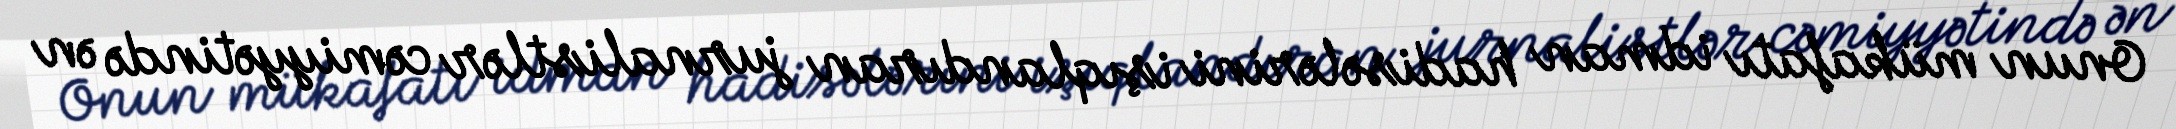
Onun mükafatı idman hadisələrini işıqlandıran jurnalistlər cəmiyyətində ən